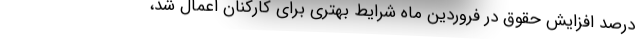
درصد افزایش حقوق در فروردین ماه شرایط بهتری برای کارکنان اعمال شد،